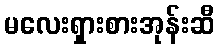
မလေးရှားစားအုန်းဆီ